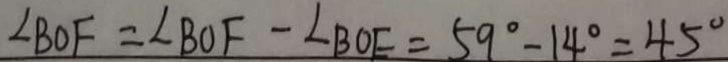
\angle B O F = \angle B O F - \angle B O E = 5 9 ^ { \circ } - 1 4 ^ { \circ } = 4 5 ^ { \circ }